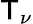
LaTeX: \mathsf{T}_{\nu}